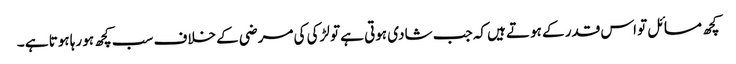
کچھ مسائل تو اس قدر کے ہوتے ہیں کہ جب شادی ہوتی ہے تو لڑکی کی مرضی کے خلاف سب کچھ ہو رہا ہوتا ہے ۔